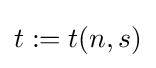
t:=t(n,s)